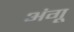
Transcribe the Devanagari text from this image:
अंगू